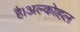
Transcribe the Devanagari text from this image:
है।अल्कोहल